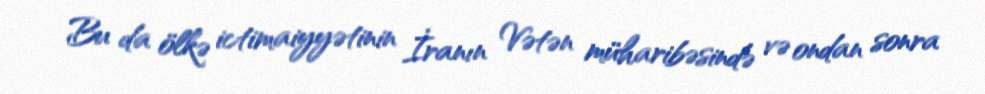
Bu da ölkə ictimaiyyətinin İranın Vətən müharibəsində və ondan sonra